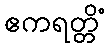
ဧကရတ္တိံ